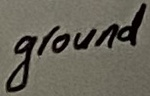
Text: ground